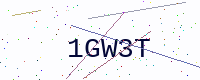
Text: 1GW3T